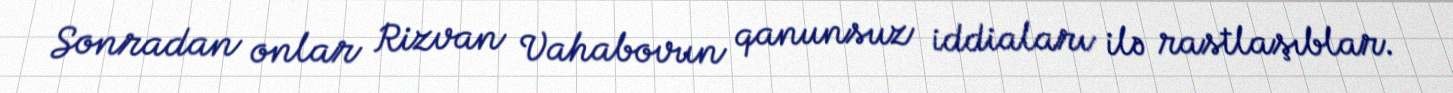
Sonradan onlar Rizvan Vahabovun qanunsuz iddiaları ilə rastlaşıblar.